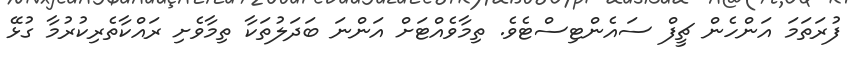
ފުރަތަމަ އަންހެން ޗީފް ސައެންޓިސްޓެވެ. ތިމާވެއްޓަށް އަންނަ ބަދަލުތަކާ ތިމާވެށި ރައްކާތެރިކުރުމާ ގުޅޭ